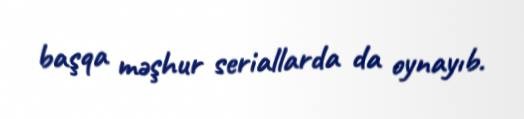
başqa məşhur seriallarda da oynayıb.